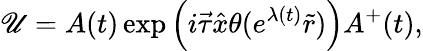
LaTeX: \mathscr{U}=A(t)\exp\left(i\vec{{\tau}}\hat{{x}}\theta(e^{\lambda(t)}\tilde{{r}})\right)A^{+}(t),